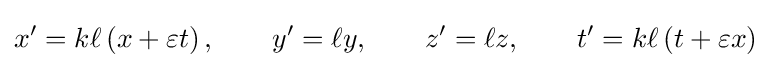
x^{\prime }=k\ell \left(x+\varepsilon t\right),\qquad y^{\prime }=\ell y,\qquad z^{\prime }=\ell z,\qquad t^{\prime }=k\ell \left(t+\varepsilon x\right)